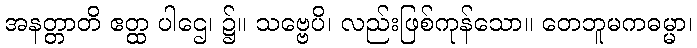
အနတ္တာတိ ဧတ္ထ ပါဌေ၊ ၌။ သဗ္ဗေပိ၊ လည်းဖြစ်ကုန်သော။ တေဘူမကဓမ္မာ၊